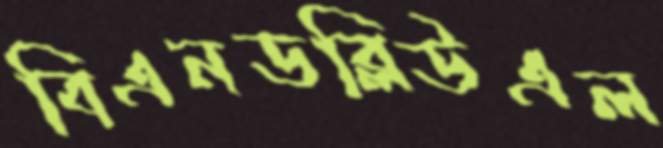
বিএনডব্লিউএল